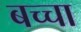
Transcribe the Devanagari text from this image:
बच्‍चा